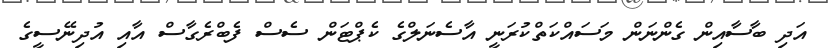
އަދި ބާސާއިން ގެންނަން މަސައްކަތްކުރަނީ އާސެނަލްގެ ކެޕްޓަން ސެސް ފެބްރެގާސް އާއި އުދިނޭސީގެ